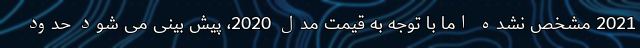
2021 مشخص نشده اما با توجه به قیمت مدل 2020، پیش بینی می شود حدود